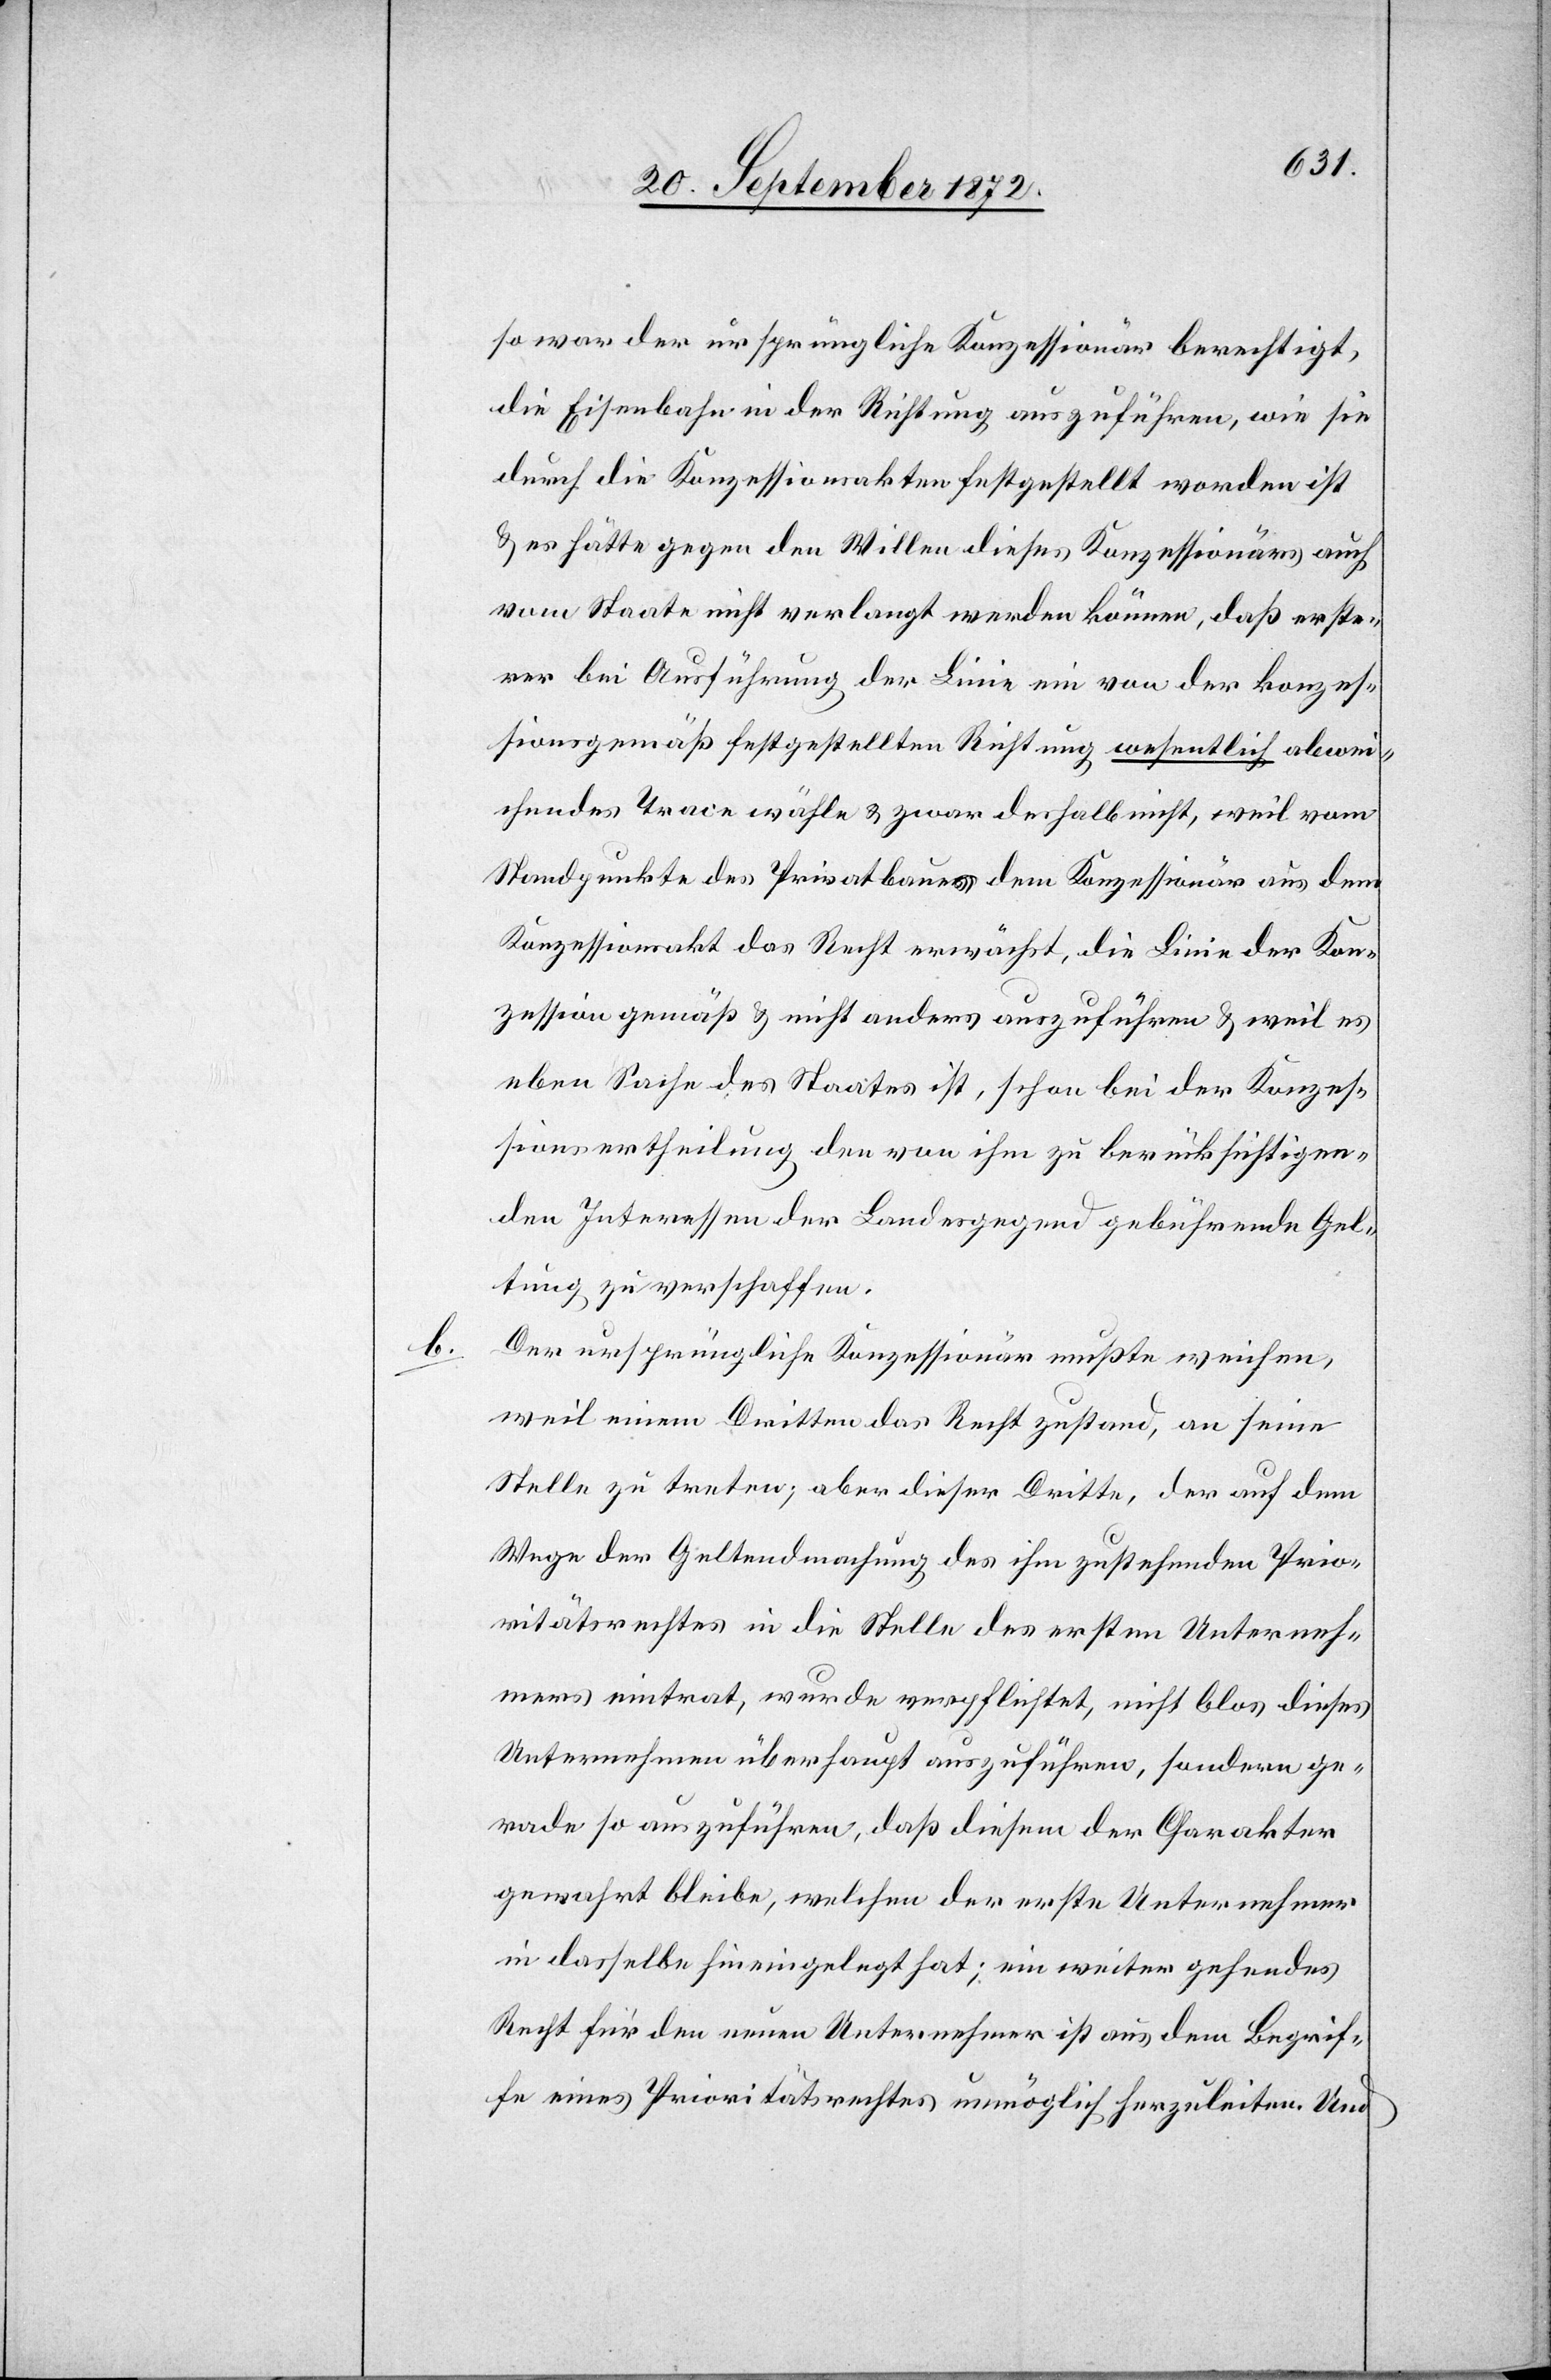
b.

so war der ursprüngliche Konzessionär berechtigt,
die Eisenbahn in der Richtung auszuführen, wie sie
durch die Konzessionsakten festgestellt worden ist
u. es hätte gegen den Willen dieses Konzessionärs auch
vom Staate nicht verlangt werden können, daß erste¬
rer bei Ausführung der Linie ein von der konzes¬
sionsgemäß festgestellten Richtung wesentlich abwei¬
chendes Trace wähle u. zwar deshalb nicht, weil vom
Standpunkte des Privatbaues dem Konzessionär aus dem
Konzessionsakt das Recht erwächst, die Linie der Kon¬
zession gemäß u. nicht anders auszuführen u. weil es
eben Sache des Staates ist, schon bei der Konzes¬
sionsertheilung den von ihm zu berücksichtigen¬
den Interessen der Landesgegend gebührende Gel¬
tung zu verschaffen.
Der ursprüngliche Konzessionär mußte weichen,
weil einem Dritten das Recht zustand, an seine
Stelle zu treten; aber dieser Dritte, der auf dem
Wege der Geltendmachung des ihm zustehenden Prio¬
ritätsrechtes in die Stelle des ersten Unterneh¬
mers eintrat, wurde verpflichtet, nicht blos dieses
Unternehmen überhaupt auszuführen, sondern ge¬
rade so auszuführen, daß diesem der Charakter
gewahrt bleibe, welchen der erste Unternehmer
in dasselbe hineingelegt hat; ein weiter gehendes
Recht für den neuen Unternehmer ist aus dem Begrif¬
fe eines Prioritätsrechtes unmöglich herzuleiten. Und